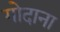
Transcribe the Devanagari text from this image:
गोदाना